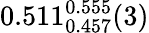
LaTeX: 0.511_{0.457}^{0.555}(3)